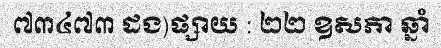
៧៣៤៧៣ ដង)ផ្សាយ : ២២ ឧសភា ឆ្នាំ